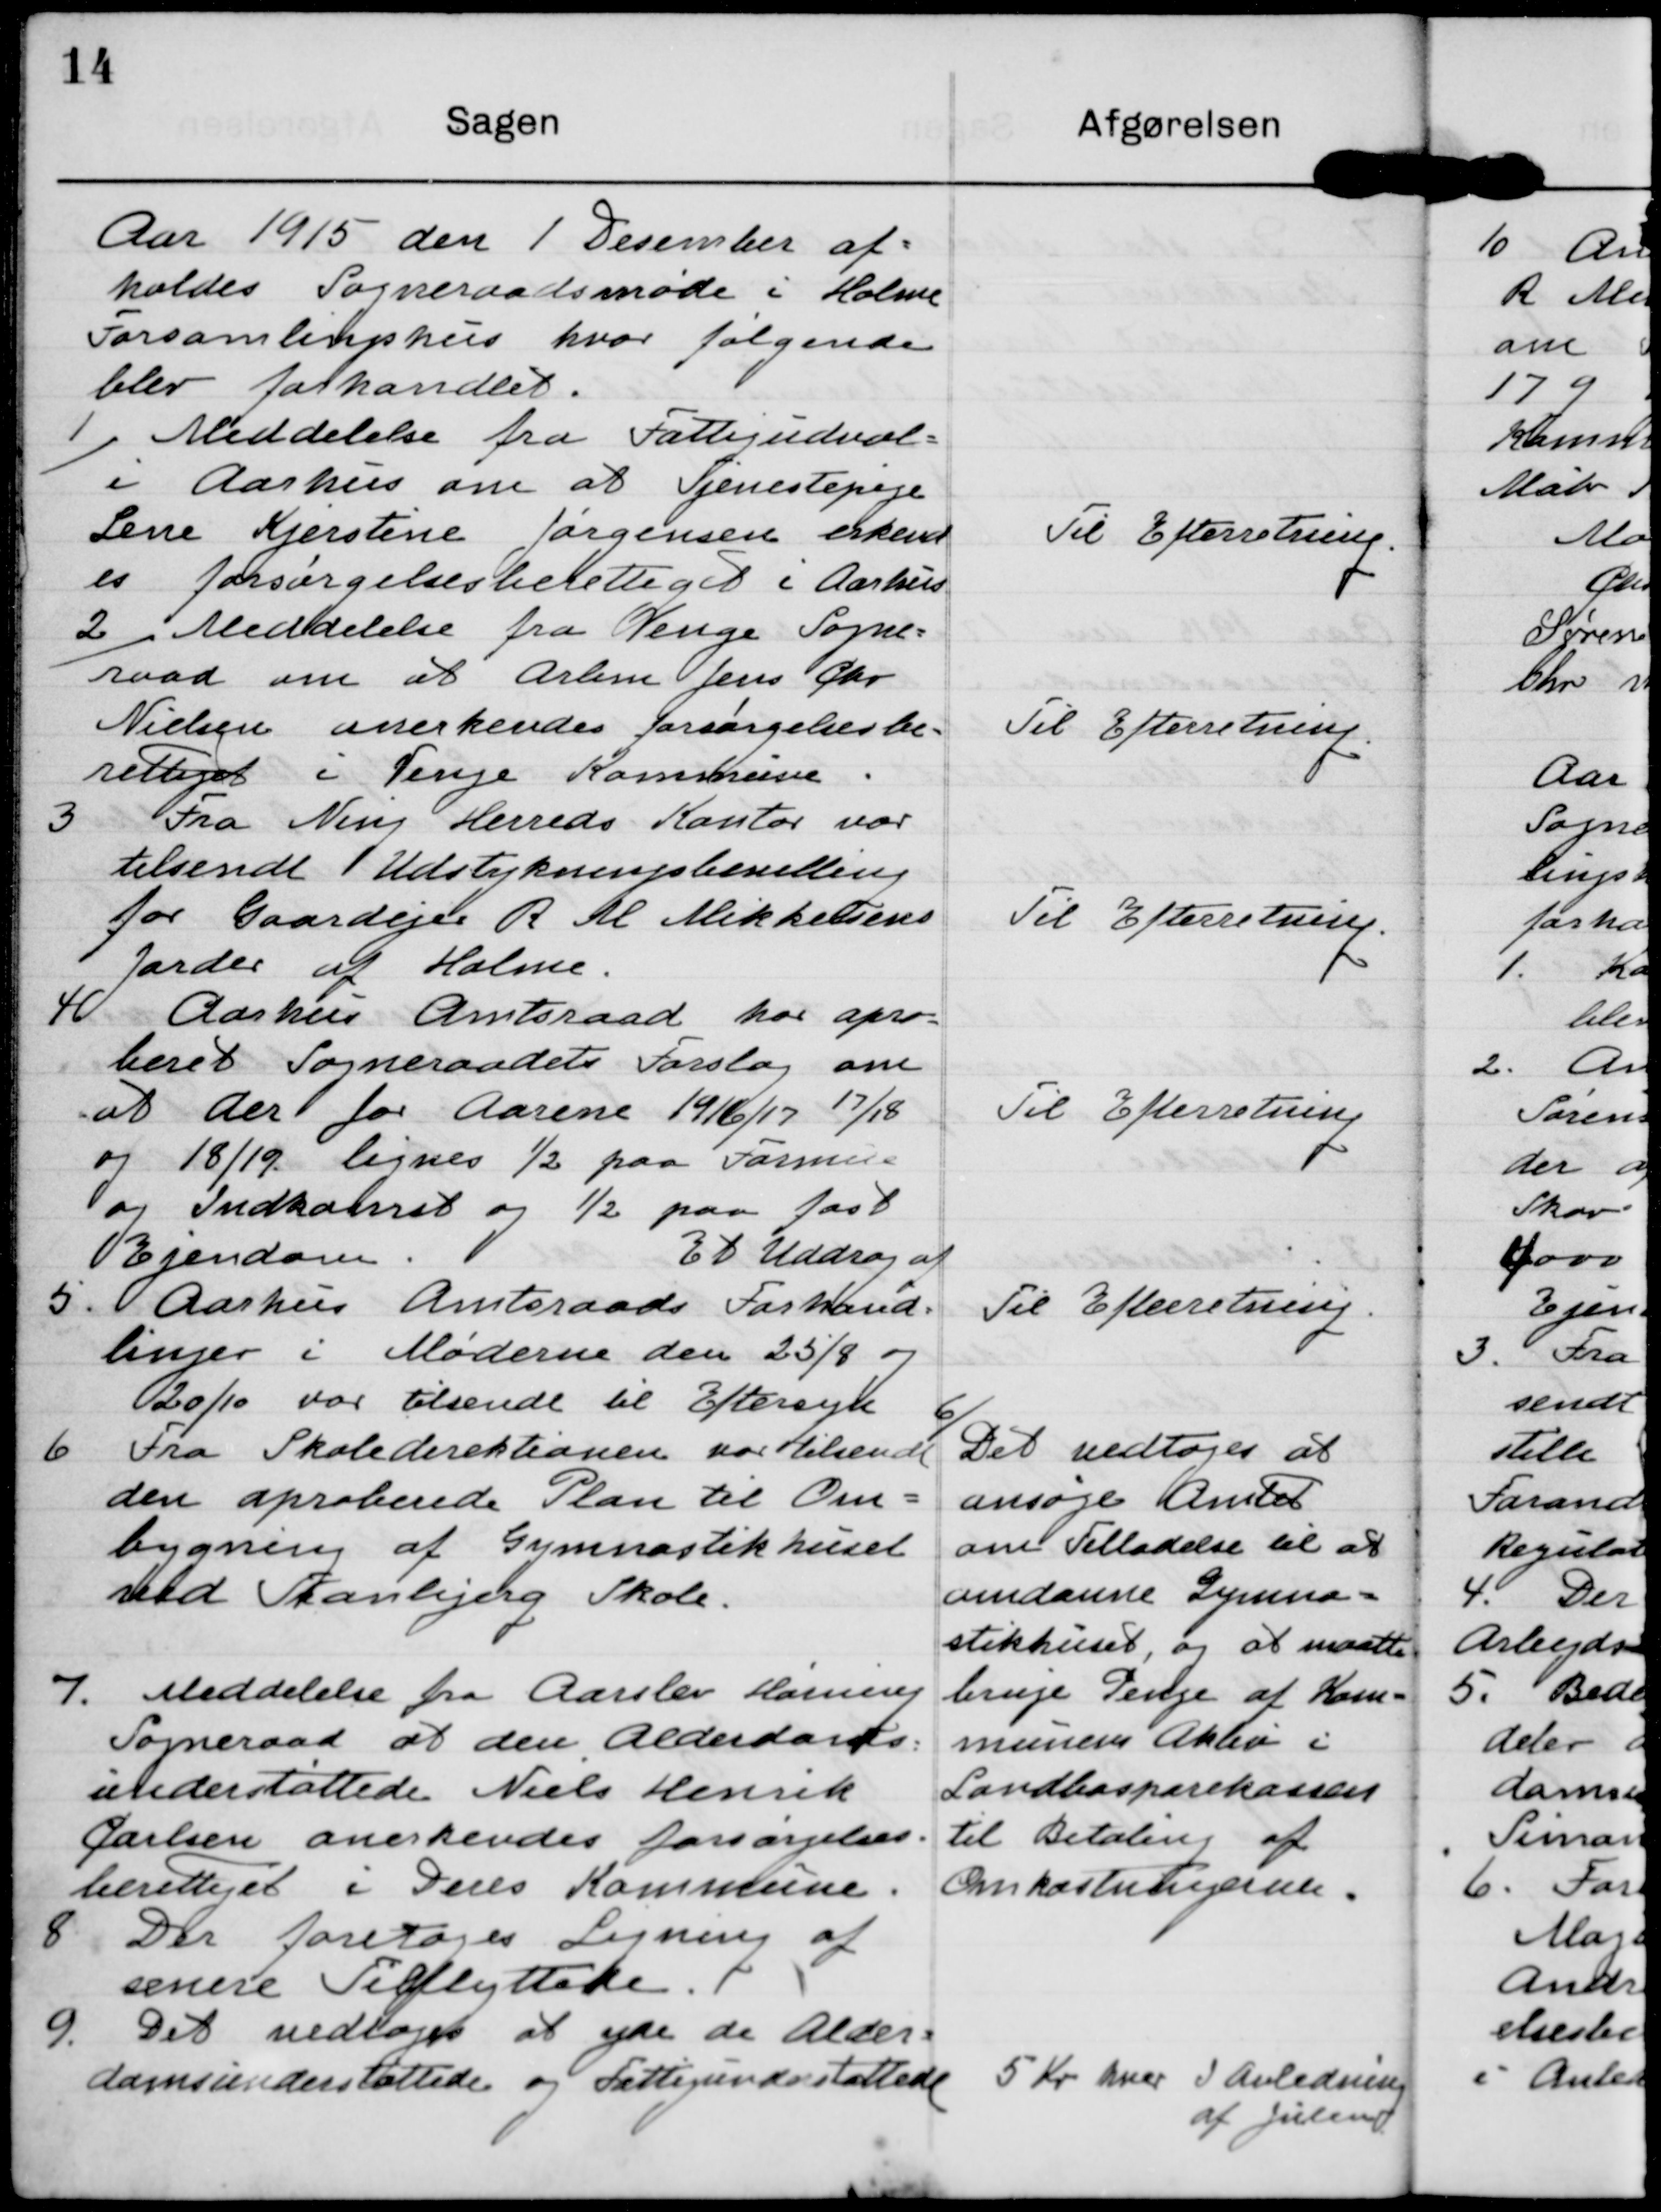
Transskription:
Aar 1915 den 1 Desember af=
holdes Sogneraadsmøde i Holme
Forsamlingshus hvor følgende
blev forhandlet.

1 Meddelelse fra Fattigudval=
i Aarhus om at Tjenestepige
Lene Kjerstine Jørgensen erkend
es Forsørgelsesberettiget i Aarhus

Til Efterretning.

2 Meddelelse fra Venge Sogne=
raad om at Arbm Jens Chr
Nielsen anerkendes forsørgelsesbe-
rettiget i Venge Kommune.

Til Efterretning.

3 Fra Ning Herreds Kontor var
tilsendt Udstykningsbevilling
for Gaardejer R M Mikkelsens
Jorder af Holme.

Til Efterretning.

4. Aarhus Amtsraad har apro=
beret Sogneraadets Forslag om
at der for Aarene 1916/17 17/18
og 18/19. lignes ½ paa Formue
og Indkomst og ½ paa fast
Ejendom.

Til Efterretning.

Et Uddrag af
5. Aarhus Amtsraads Forhand=
linger i Møderne den 25/8 og
20/10 var tilsendt til Eftersyn

Til Efterretning.

6 Fra Skoledirektionen var tilsendt
den aproberede Plan til Om-
bygning af Gymnastikhuset
ved Tranbjerg Skole.

6
Det vedtoges at
ansøge Amtet
om Tilladelse til at
omdanne Gymna=
stikhuset, og at maatte
bruge Penge af Kom=
munens Aktiv i
Landbosparekassen
til Betaling af
Omkostningerne.

7. Meddelelse fra Aarslev Hørning
Sogneraad at den Alderdoms=
understøttedee Niels Henrik
Carlsen anerkendes forsørgelses- 
berettiget i Deres Kommune.

8 Der Foretoges Ligning af 
senere Tilflyttede.

9. Det vedtoges at yde de Alder=
domsunderstøttede og Fattigunderstøttede

5 Kr hver I anledning
af Julen.